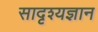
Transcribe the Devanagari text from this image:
सादृश्यज्ञान